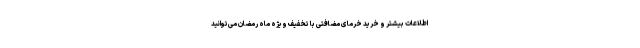
اطلاعات بیشتر و خرید خرمای مضافتی با تخفیف ویژه ماه رمضان می‌توانید